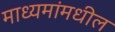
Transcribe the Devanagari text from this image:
माध्यमांमधील